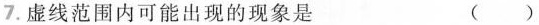
7.虚线范围内可能出现的现象是 ()